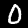
Digit: 0